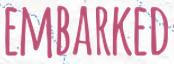
EMBARKED